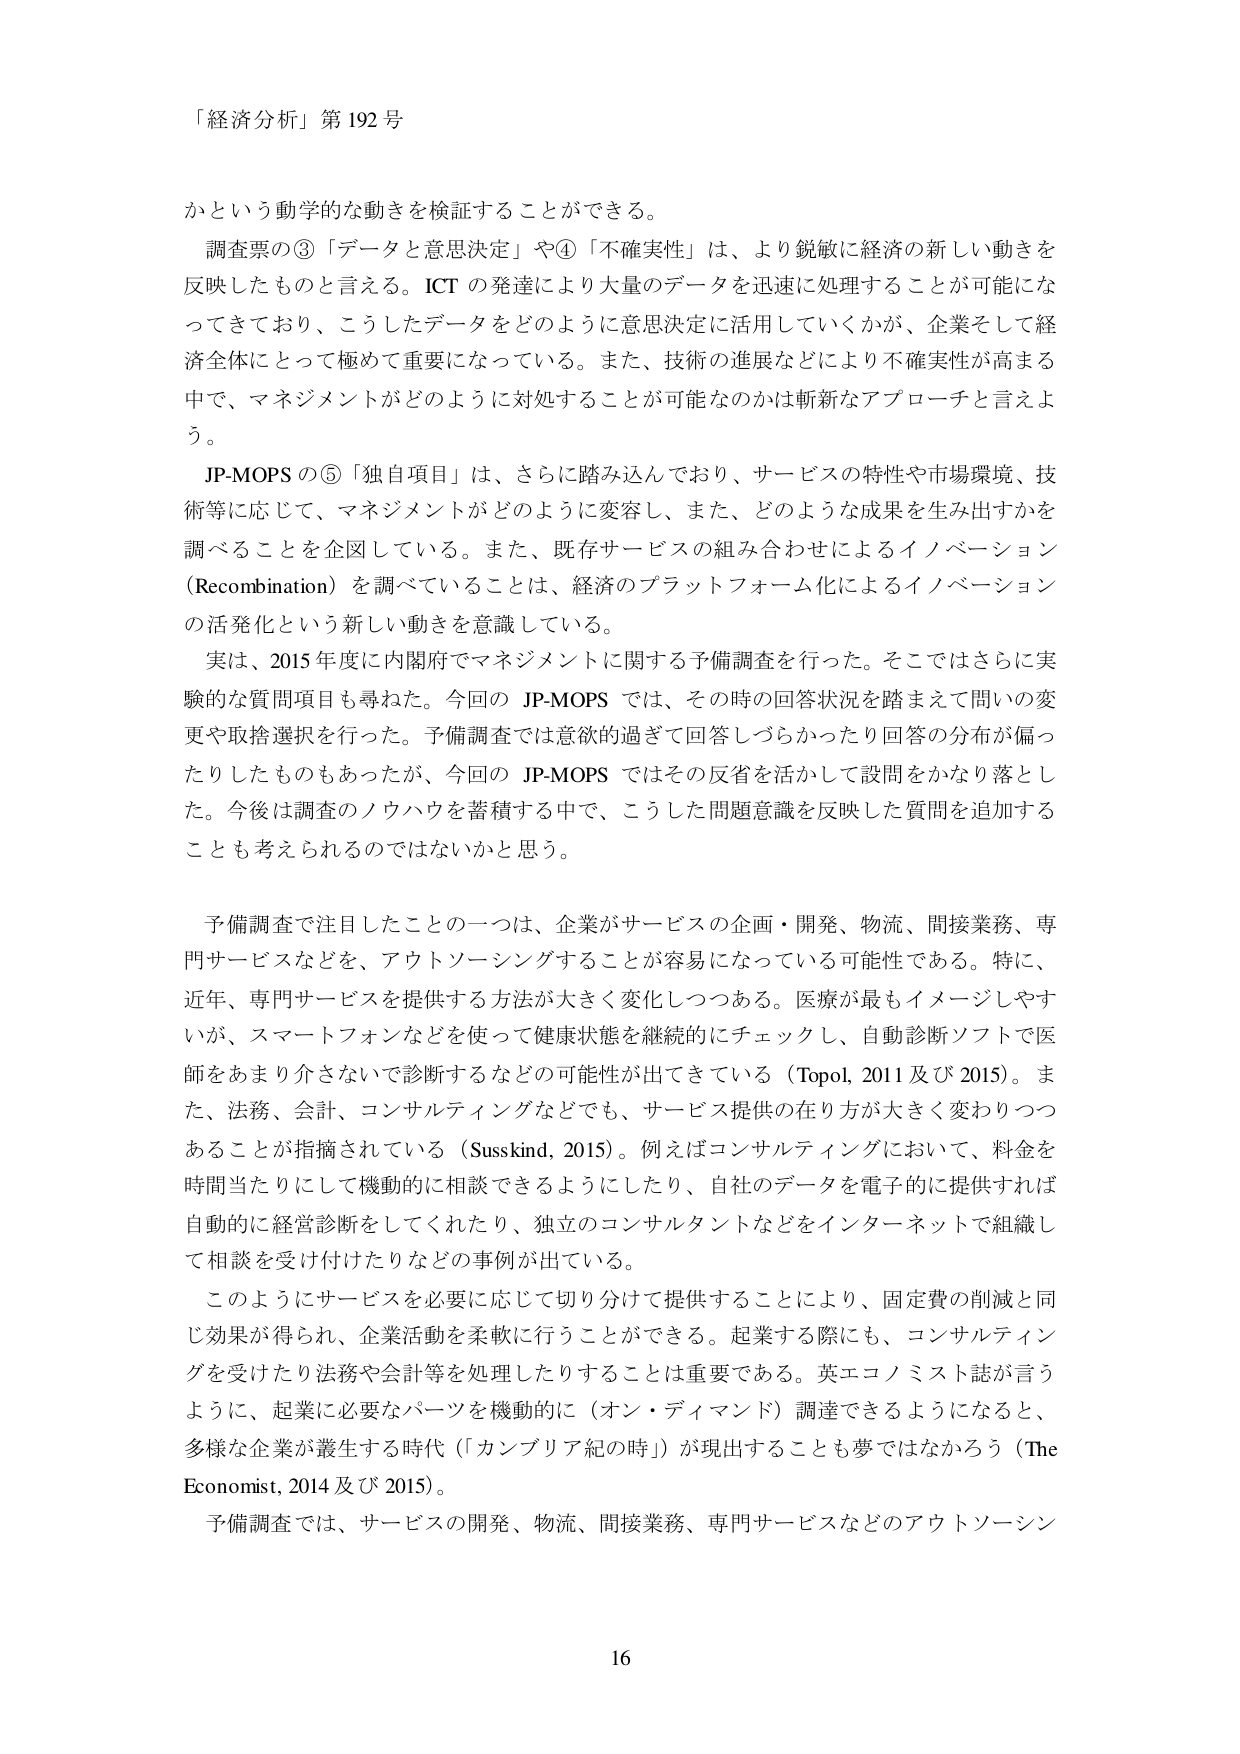
「経済分析」第192号

かという動学的な動きを検証することができる。

調査票の③「データと意思決定」や④「不確実性」は、より鋭敏に経済の新しい動きを反映したものと言える。ICTの発達により大量のデータを迅速に処理することが可能になってきており、こうしたデータをどのように意思決定に活用していくかが、企業そして経済全体にとって極めて重要になっている。また、技術の進展などにより不確実性が高まる中で、マネジメントがどのように対処することが可能なのかは斬新なアプローチと言えよう。

JP-MOPSの⑤「独自項目」は、さらに踏み込んでおり、サービスの特性や市場環境、技術等に応じて、マネジメントがどのように変容し、また、どのような成果を生み出すかを調べることを企図している。また、既存サービスの組み合わせによるイノベーション（Recombination）を調べていることは、経済のプラットフォーム化によるイノベーションの活発化という新しい動きを意識している。

実は、2015年度に内閣府でマネジメントに関する予備調査を行った。そこではさらに実験的な質問項目も尋ねた。今回のJP-MOPSでは、その時の回答状況を踏まえて問いの変更や取捨選択を行った。予備調査では意欲的過ぎて回答しづらかったり回答の分布が偏ったりしたものもあったが、今回のJP-MOPSではその反省を活かして設問をかなり落とした。今後は調査のノウハウを蓄積する中で、こうした問題意識を反映した質問を追加することも考えられるのではないかと思う。

予備調査で注目したことの一つは、企業がサービスの企画・開発、物流、間接業務、専門サービスなどを、アウトソーシングすることが容易になっている可能性である。特に、近年、専門サービスを提供する方法が大きく変化しつつある。医療が最もイメージしやすいが、スマートフォンなどを使って健康状態を継続的にチェックし、自動診断ソフトで医師をあまり介さないで診断するなどの可能性が出てきている（Topol, 2011及び2015）。また、法務、会計、コンサルティングなどでも、サービス提供の在り方が大きく変わりつつあることが指摘されている（Susskind, 2015）。例えばコンサルティングにおいて、料金を時間当たりにして機動的に相談できるようにしたり、自社のデータを電子的に提供すれば自動的に経営診断をしてくれたり、独立のコンサルタントなどをインターネットで組織して相談を受け付けたりなどの事例が出ている。

このようにサービスを必要に応じて切り分けて提供することにより、固定費の削減と同じ効果が得られ、企業活動を柔軟に行うことができる。起業する際にも、コンサルティングを受けたり法務や会計等を処理したりすることは重要である。英エコノミスト誌が言うように、起業に必要なパーツを機動的に（オン・ディマンド）調達できるようになると、多様な企業が濫生する時代（「カンブリア紀の時」）が現出することも夢ではないだろう（The Economist, 2014及び2015）。

予備調査では、サービスの開発、物流、間接業務、専門サービスなどのアウトソーシン

16